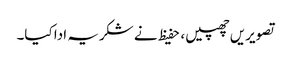
تصویریں چھپیں ، حفیظ نے شکریہ ادا کیا۔